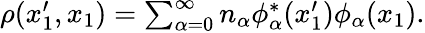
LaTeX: \begin{array}{r}{\rho(x_{1}^{\prime},x_{1})=\sum_{\alpha=0}^{\infty}n_{\alpha}\phi_{\alpha}^{*}(x_{1}^{\prime})\phi_{\alpha}(x_{1}).}\end{array}